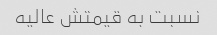
نسبت به قیمتش عالیه